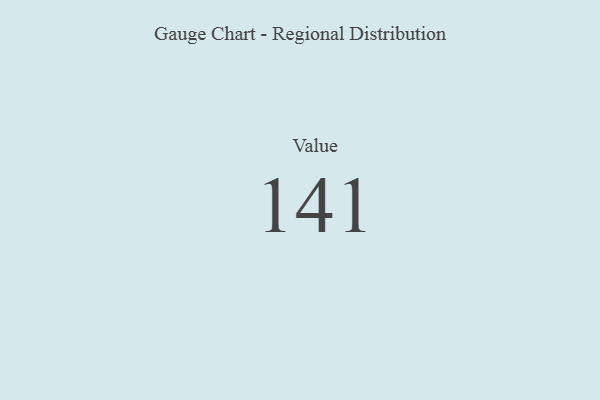
{"axis": {"x": "Metric", "y": "Value"}, "legend": [""], "data": [{"x": "Value", "y": 141, "type": ""}]}